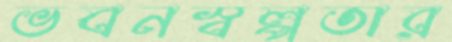
ভবনস্বল্পতার